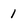
Character: 1